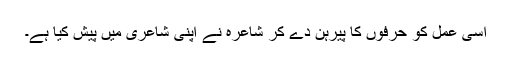
اسی عمل کو حرفوں کا پیرہن دے کر شاعرہ نے اپنی شاعری میں پیش کیا ہے۔